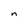
Character: n